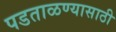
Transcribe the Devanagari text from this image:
पडताळण्यासाठी